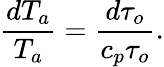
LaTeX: {\frac{dT_{a}}{T_{a}}}={\frac{d\tau_{o}}{c_{p}\tau_{o}}}.